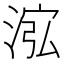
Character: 𱦽